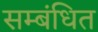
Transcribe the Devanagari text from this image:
सम्‍बंधित